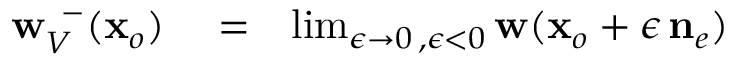
\begin{array} { r l r } { { { \bf w } } _ { V } ^ { \, \, \, - } ( { \bf x } _ { o } ) } & { { } = } & { \operatorname* { l i m } _ { \epsilon \rightarrow 0 \, , \epsilon < 0 } { \bf w } ( { \bf x } _ { o } + \epsilon \, { { \bf n } } _ { e } ) } \end{array}